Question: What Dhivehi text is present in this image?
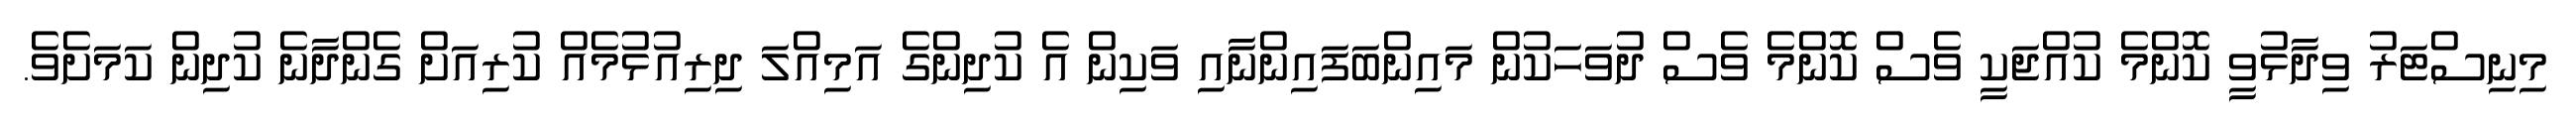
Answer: މިނިސްޓަރު ވިދާޅުވީ ކޮންމެ ކުއްޖަކީ ވެސް ކޮންމެ ވެސް ދުވަހަކުން މައިންބަފައިންނާއި ވަކިން އެ ކުދިންގެ އަމިއްލަ ދިރިއުޅުމެއް ކުރިއަށް ގެންދާނެ ކުދިން ކަމަށެވެ.